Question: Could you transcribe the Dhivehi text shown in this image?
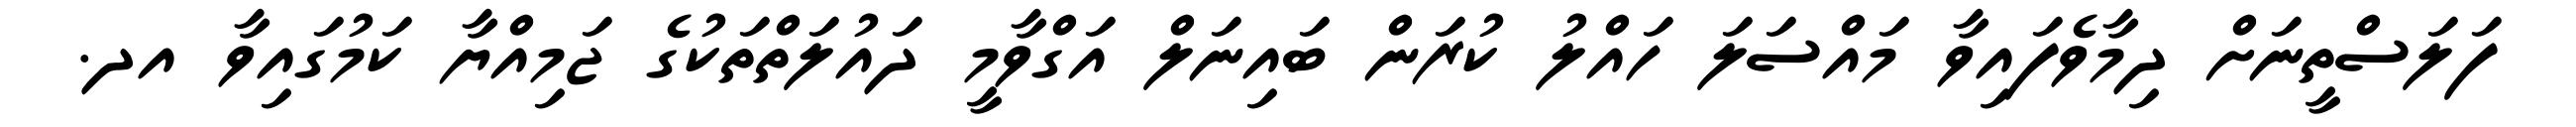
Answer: ފަލަސްތީނަށް ދިމާވެފައިވާ މައްސަލަ ހައްލު ކުރަން ބައިނަލް އަގްވާމީ ދައުލަތްތަކުގެ ޖަމިއްޔާ ކަމުގައިވާ އދ.